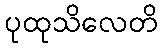
ပုထုသိလေတိ